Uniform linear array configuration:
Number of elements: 32
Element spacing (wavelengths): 0.5
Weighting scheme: kaiser
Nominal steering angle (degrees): -60
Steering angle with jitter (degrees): -61.643
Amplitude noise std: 0.05
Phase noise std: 0.05

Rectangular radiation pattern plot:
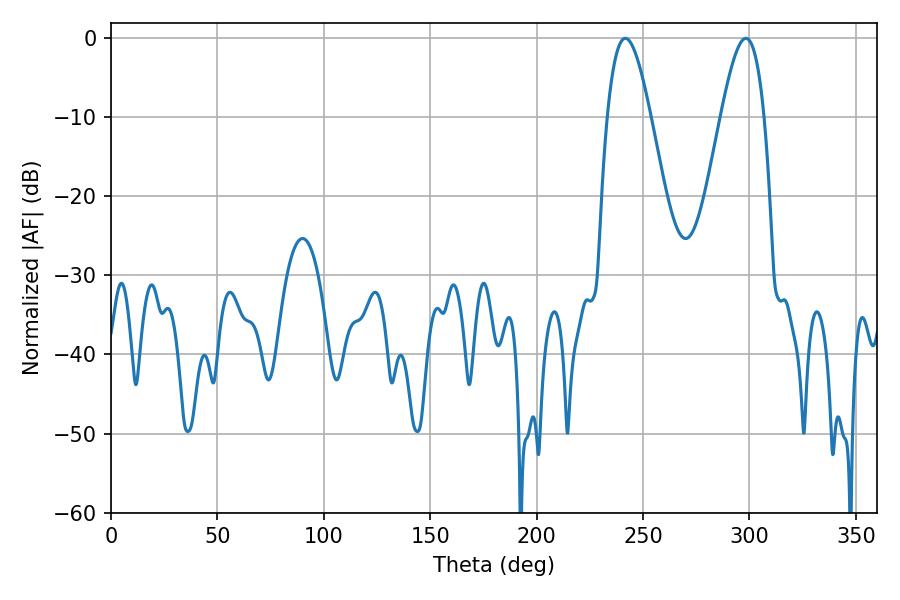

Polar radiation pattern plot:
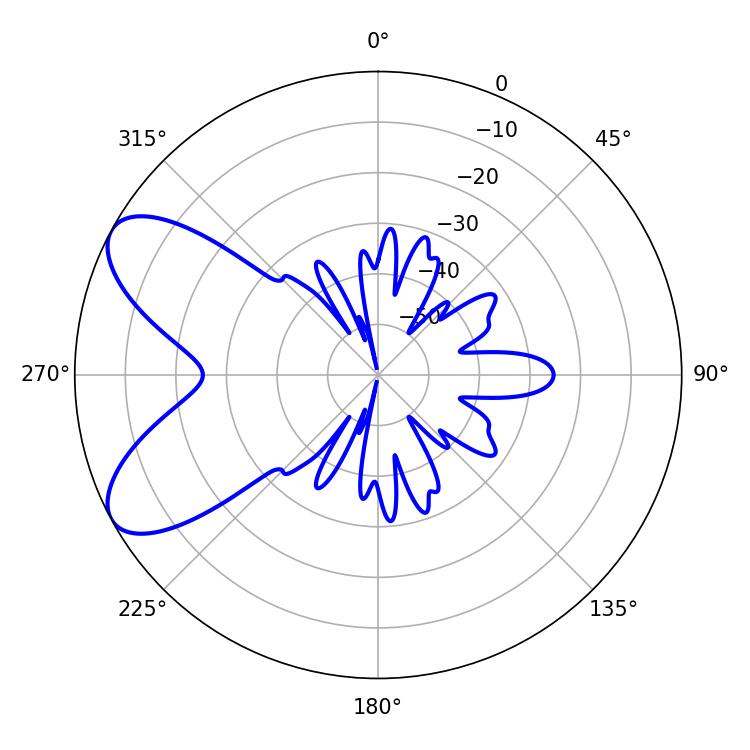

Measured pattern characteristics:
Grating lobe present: FALSE
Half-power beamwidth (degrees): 10.98
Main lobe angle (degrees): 298.26